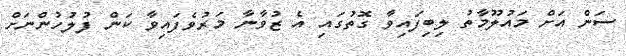
ސަން އަށް މައުލޫމާތު ލިބިފައިވާ ގޮތުގައި އެ ޒުވާނާ މަރުވެފައިވާ ކަން ފުލުހުންނަށް